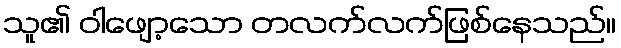
သူ၏ ဝါဖျော့သော တလက်လက်ဖြစ်နေသည်။